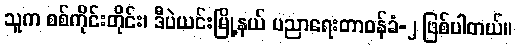
သူက စစ်ကိုင်းတိုင်း၊ ဒီပဲယင်းမြို့နယ် ပညာရေးတာဝန်ခံ-၂ ဖြစ်ပါတယ်။